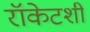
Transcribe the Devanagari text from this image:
रॉकेटशी